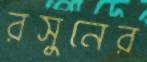
রসুনের